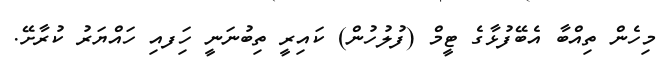
މިހެން ތިއްބާ އެބޭފުޅާގެ ޓީމް (ފުލުހުން) ކައިރީ ތިބުނަނީ ހިަފއި ހައްޔަރު ކުރާށޭ.